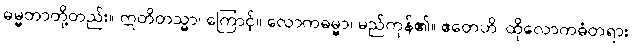
ဓမ္မတာတို့တည်း။ ဣတိတသ္မာ၊ ကြောင့်။ လောကဓမ္မာ၊ မည်ကုန်၏။ ဧတေဟိ၊ ထိုလောကဓံတရား